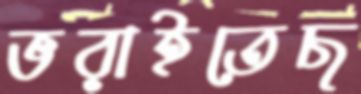
ভরাইতেছ